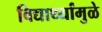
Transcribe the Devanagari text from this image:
विद्यार्थ्यांमुळे